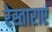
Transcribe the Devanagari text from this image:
रेस्ताराएं